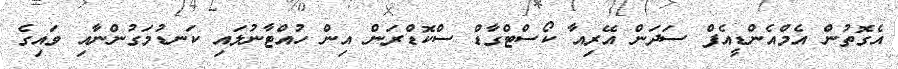
އެގޮތުން އެމްއެންޑީއެފް ސަދަން އޭރިއާ ކޯސްޓްގާޑް ސްކޮޑްރަން އިން ހުއްޓާނުލައި ކަނޑުމަގުންނާއި ވައިގެ